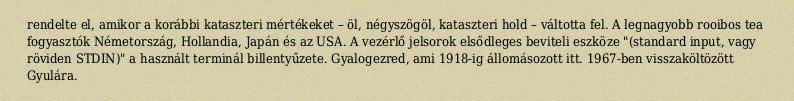
rendelte el, amikor a korábbi kataszteri mértékeket – öl, négyszögöl, kataszteri hold – váltotta fel. A legnagyobb rooibos tea fogyasztók Németország, Hollandia, Japán és az USA. A vezérlő jelsorok elsődleges beviteli eszköze "(standard input, vagy röviden STDIN)" a használt terminál billentyűzete. Gyalogezred, ami 1918-ig állomásozott itt. 1967-ben visszaköltözött Gyulára.